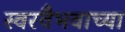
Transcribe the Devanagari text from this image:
स्वरवैभवाच्या